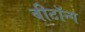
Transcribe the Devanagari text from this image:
बीटॉन्ग